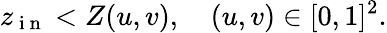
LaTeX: z_{\mathrm{~i~n~}}<Z(u,v),\quad(u,v)\in[0,1]^{2}.